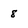
Character: 8